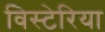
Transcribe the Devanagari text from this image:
विस्टेरिया